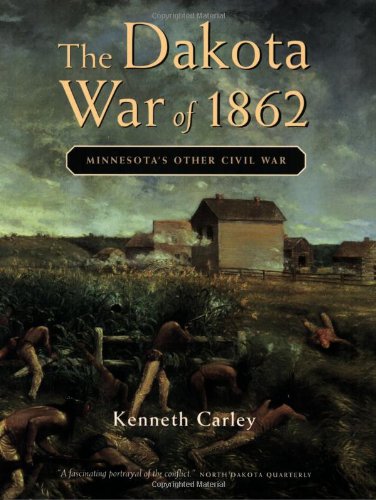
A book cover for The Dakota War of 1862: Minnesota's Other Civil War; Kenneth Carley; Biographies & Memoirs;